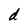
Character: d